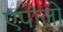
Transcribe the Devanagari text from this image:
एपोलो